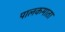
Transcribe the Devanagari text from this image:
पालकमाता